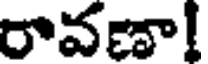
రావణా!